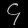
Digit: ၄